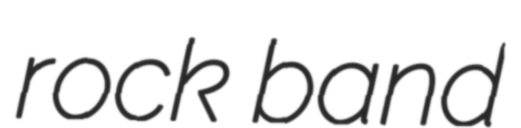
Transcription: rock band